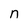
Character: n